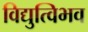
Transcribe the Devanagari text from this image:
विद्युत्विभव